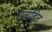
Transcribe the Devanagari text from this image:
रस्त्राहित